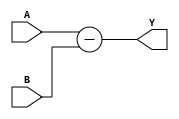
module Behavioral_Subtractor (
    input [3:0] A,
    input [3:0] B,
    output [3:0] Y
);

reg [3:0] Y;

assign Y = A - B;

endmodule